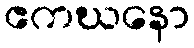
ဧကဃနော